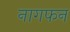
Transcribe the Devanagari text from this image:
नागफन